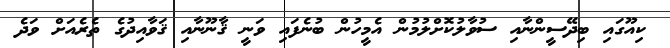
ކިއޫގައި ބިދޭސީންނާއި ސުވާލުކޮށްލުމުން އެމީހުން ބުނެފައި ވަނީ ޤާނޫނާއި ޤަވާއިދުގެ ތެރެއަށް ވަދެ